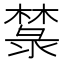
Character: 㯟